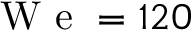
\mathrm { ~ W ~ e ~ } = 1 2 0